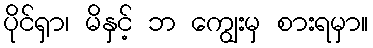
ပိုင်ရှာ၊ မိနှင့် ဘ ကျွေးမှ စားရမှာ။